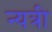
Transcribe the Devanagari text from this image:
न्यत्री